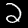
Digit: 2